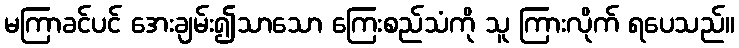
မကြာခင်ပင် အေးချမ်း၍သာသော ကြေးစည်သံကို သူ ကြားလိုက် ရပေသည်။